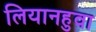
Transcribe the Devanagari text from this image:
लियानहुवा